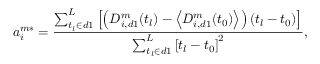
a _ { i } ^ { m * } = \frac { \sum _ { t _ { l } \in d 1 } ^ { L } \left[ \left( D _ { i , d 1 } ^ { m } ( t _ { l } ) - \left< D _ { i , d 1 } ^ { m } ( t _ { 0 } ) \right> \right) \left( t _ { l } - t _ { 0 } \right) \right] } { \sum _ { t _ { l } \in d 1 } ^ { L } \left[ t _ { l } - t _ { 0 } \right] ^ { 2 } } ,